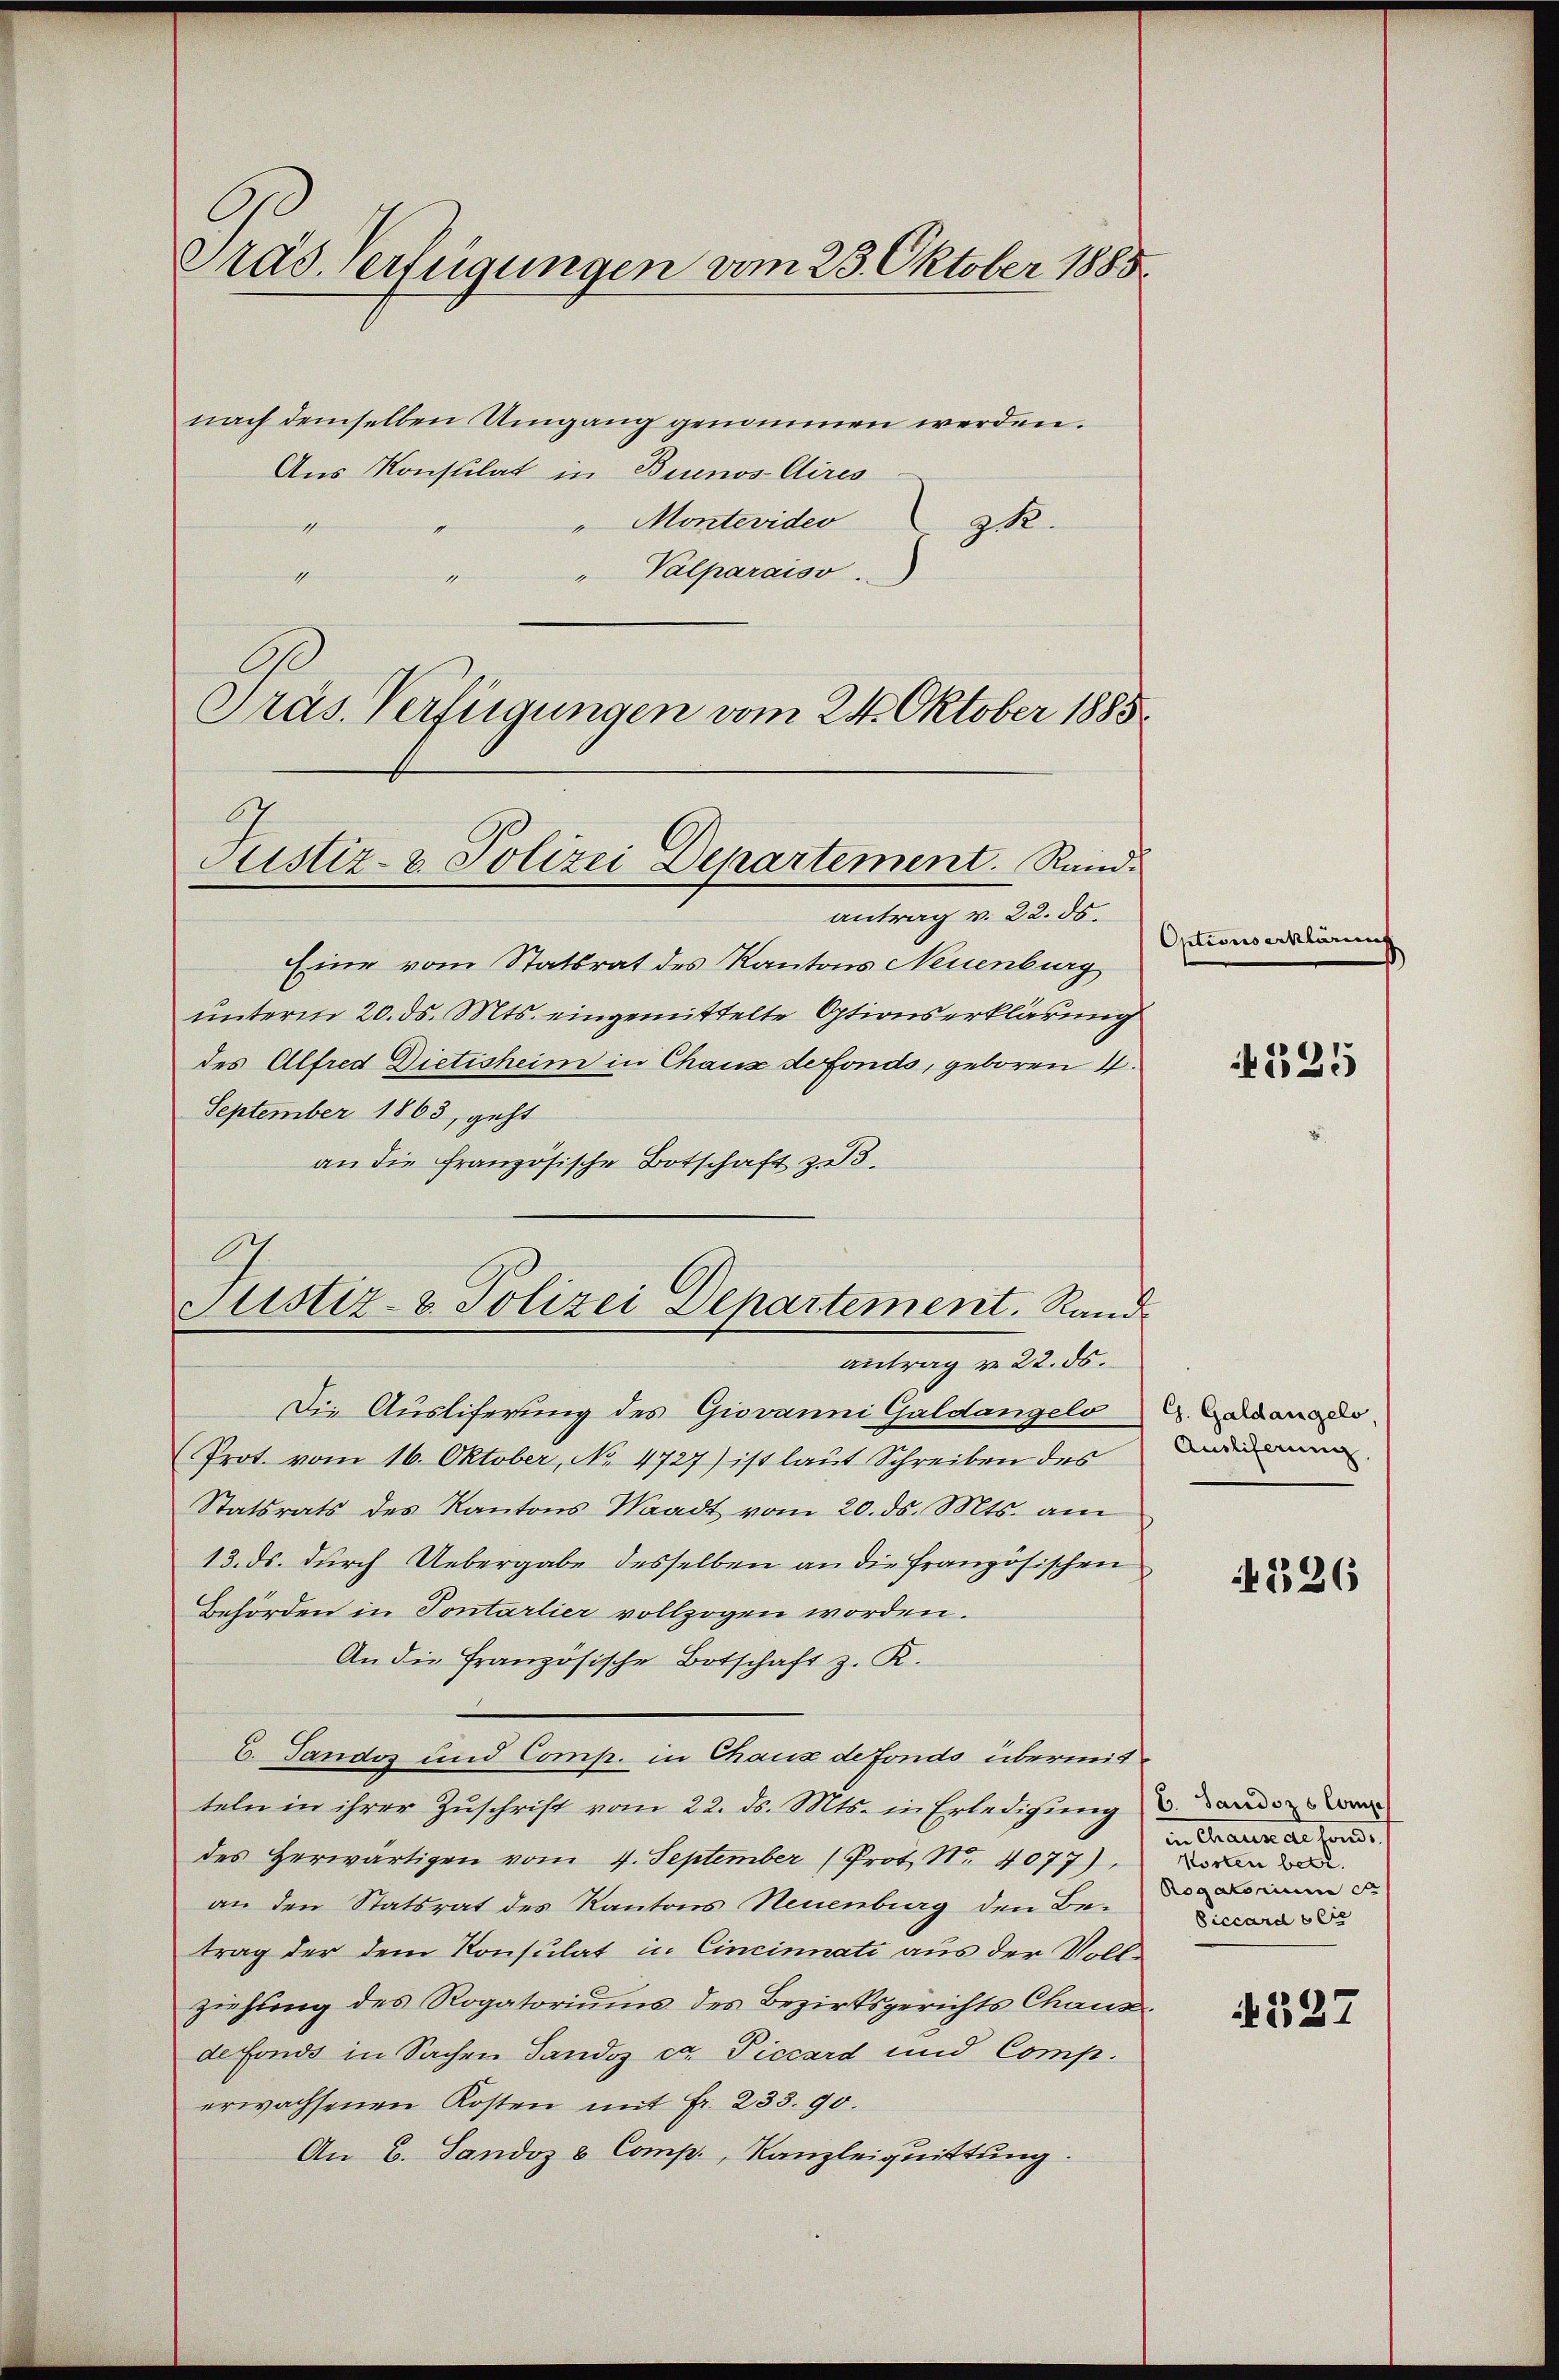
Pras Verfügungen vom 23. Oktober 1885.

nach demselben Umgang genommen werden.
Aus Konsulat in Brunos Aires
" Montevideo
nicht heren
E
zk.
"Valparaiso
1
d
Präs. Verfügungen vom 24. Oktober 1885
antrag v. 22. ds.
Eine vom Statsrat des Kantons Neuenburg
unterm 20. ds. Mts. eingemittelte Optionserklärung
des Alfred Dietisheim in Chause defonds, geboren 4.
September 1863, geht
an die französische Botschaft zu 3.
Die Ausliferung des Giovanni Galdangelo
Prot. vom 16. Oktober, No. 4727) ist laut Schreiben des
Statsrats des Kantons Waadt vom 20. ds. Mts. am
13. ds. durch Uebergabe desselben an die französischen
Behörden in Sontarlier vollzogen worden.
An die Französische Botschaft z. R.
E. Tandos und Comp. in Chaux de fondo übermitteln in ihrer Zŭschrift vom 22. ds. Mts. in Erledigŭng
des Herwärtigen vom 4. September (Prot. Nr. 4077),
an den Statsrat des Kantons Neuenburg den Betrag der dem Konsulat in Cincinnati aus der Vollziehung des Rogatoriums des Bezirksgerichts Chausdefonds in Sachen Sandoz ct. Piccard und Comp.
erwachsenen Kosten mit Fr. 233. 90.
An B. Sandoz & Comp., Kanzleiquittung.

Justiz- & Polizei Departement. Rand.

G
Justiz- & Polizei Departement. Rand
antrag v. 22. ds.

Options erklärung

1525

G. Galdangelo,
Ausliferung.

226

in Grauen als sonde
Kosten betr.
Rogatorium ca
Viccard sie

1527